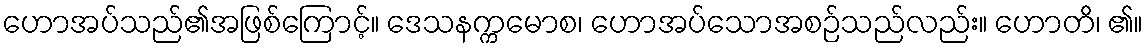
ဟောအပ်သည်၏အဖြစ်ကြောင့်။ ဒေသနက္ကမောစ၊ ဟောအပ်သောအစဉ်သည်လည်း။ ဟောတိ၊ ၏။